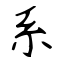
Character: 系